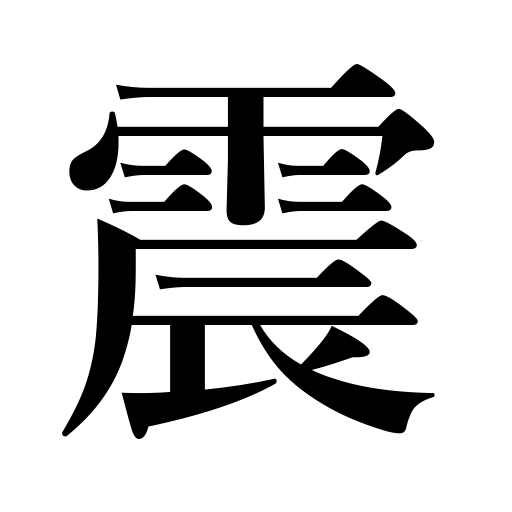
Meanings: quiver,vibrate,tremble,shiver,shake,shudder